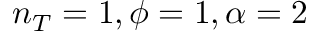
n _ { T } = 1 , \phi = 1 , \alpha = 2